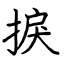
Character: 捩